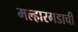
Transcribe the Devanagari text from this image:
मल्हारगडाची